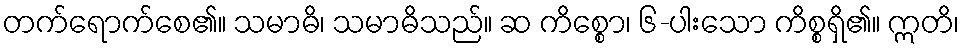
တက်ရောက်စေ၏။ သမာဓိ၊ သမာဓိသည်။ ဆ ကိစ္စော၊ ၆-ပါးသော ကိစ္စရှိ၏။ ဣတိ၊